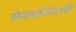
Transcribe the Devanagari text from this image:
सेवास्तोपोलकी